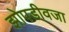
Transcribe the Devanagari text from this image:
झोपडीवजा